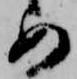
め